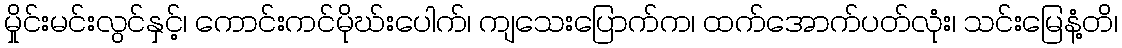
မှိုင်းမင်းလွင်နှင့်၊ ကောင်းကင်မိုဃ်းပေါက်၊ ကျသေးပြောက်က၊ ထက်အောက်ပတ်လုံး၊ သင်းမြေနံ့တိ၊